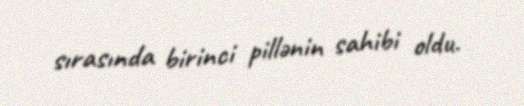
sırasında birinci pillənin sahibi oldu.